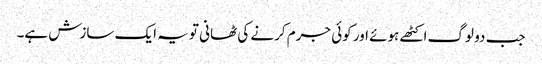
جب دو لوگ اکٹھے ہوئے اور کوئی جرم کرنے کی ٹھانی تو یہ ایک سازش ہے۔